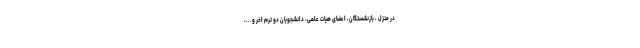
در منزل ، بازنشستگان، اعضای هیات علمی، دانشجویان دو ترم اخر و...،